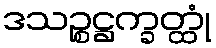
ဒသဉ္စဋ္ဌက္ခတ္ထုံ